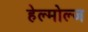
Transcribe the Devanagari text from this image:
हेल्मोल्ज